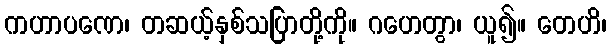
ကဟာပဏေ၊ တဆယ့်နှစ်သပြာတို့ကို။ ဂဟေတွာ၊ ယူ၍။ တေဟိ၊